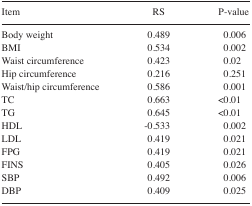
<table><thead><tr><td><b>Item</b></td><td><b>RS</b></td><td><b>P-value</b></td></tr></thead><tbody><tr><td>Body weight</td><td>0.489</td><td>0.006</td></tr><tr><td>BMI</td><td>0.534</td><td>0.002</td></tr><tr><td>Waist circumference</td><td>0.423</td><td>0.02</td></tr><tr><td>Hip circumference</td><td>0.216</td><td>0.251</td></tr><tr><td>Waist/hip circumference</td><td>0.586</td><td>0.001</td></tr><tr><td>TC</td><td>0.663</td><td>&lt;0.01</td></tr><tr><td>TG</td><td>0.645</td><td>&lt;0.01</td></tr><tr><td>HDL</td><td>−0.533</td><td>0.002</td></tr><tr><td>LDL</td><td>0.419</td><td>0.021</td></tr><tr><td>FPG</td><td>0.419</td><td>0.021</td></tr><tr><td>FINS</td><td>0.405</td><td>0.026</td></tr><tr><td>SBP</td><td>0.492</td><td>0.006</td></tr><tr><td>DBP</td><td>0.409</td><td>0.025</td></tr></tbody></table>